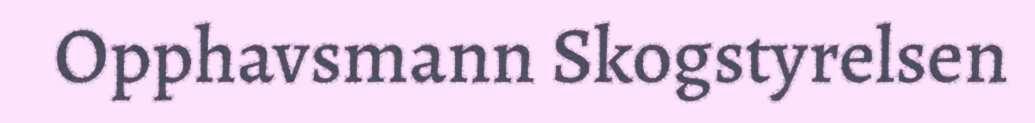
Opphavsmann Skogstyrelsen